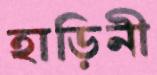
হাড়িনী